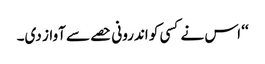
‘‘ اس نے کسی کو اندرونی حصے سے آواز دی۔